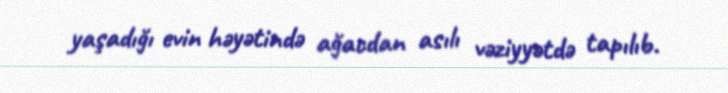
yaşadığı evin həyətində ağacdan asılı vəziyyətdə tapılıb.